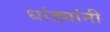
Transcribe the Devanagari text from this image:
धांड्यांनी